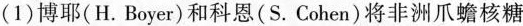
(1)博耶(H.Boyer)和科恩(S.Cohen)将非洲爪蟾核糖